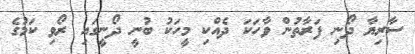
ސާރިޔާ ދޯނި ފަރާތުން ވާހަކަ ދެއްކި މީހަކު ބުނީ ދޯނީގައި ރޯވި ކަމުގެ